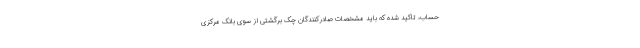
حساب، تاکید شده که باید مشخصات صادرکنندگان چک برگشتی از سوی بانک مرکزی